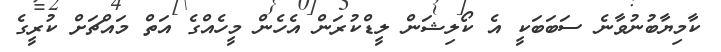
ކާމިޔާބުނުވާނެ ސަބަބަކީ އެ ކޯލިޝަން ލީޑްކުރަން އެހެން މީހެއްގެ އަތް މައްޗަށް ކުރީގެ